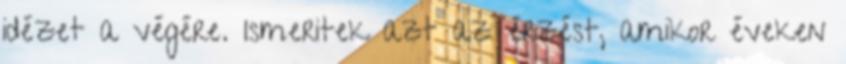
idézet a végére. Ismeritek azt az érzést, amikor éveken